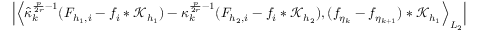
\Big | \Big \langle \widehat { \kappa } _ { k } ^ { \frac { p } { 2 r } - 1 } ( F _ { { h _ { 1 } } , i } - f _ { i } * \mathcal { K } _ { h _ { 1 } } ) - \kappa _ { k } ^ { \frac { p } { 2 r } - 1 } ( F _ { { h _ { 2 } } , i } - f _ { i } * \mathcal { K } _ { h _ { 2 } } ) , ( f _ { \eta _ { k } } - f _ { \eta _ { k + 1 } } ) * \mathcal { K } _ { h _ { 1 } } \Big \rangle _ { L _ { 2 } } \Big |